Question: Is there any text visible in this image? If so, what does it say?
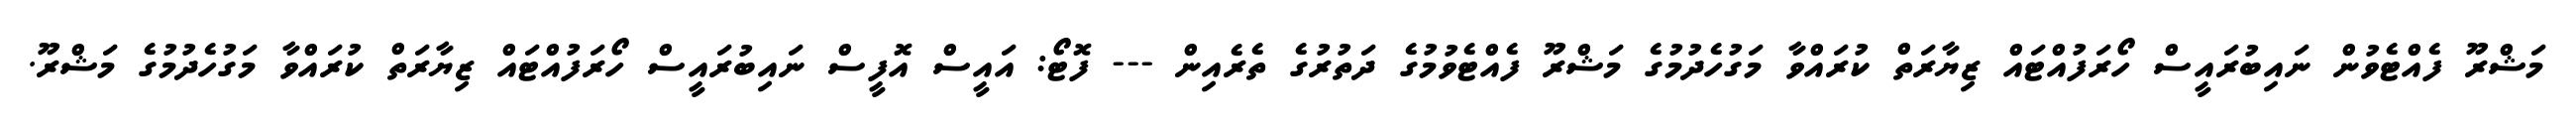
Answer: މަޝްރޫ ފެއްޓެވުން ނައިބުރައީސް ހޯރަފުއްޓައް ޒިޔާރަތް ކުރައްވާ މަގުހެދުމުގެ މަޝްރޫ ފެއްޓެވުމުގެ ދަތުރުގެ ތެރެއިން --- ފޮޓޯ: އައީސް އޮފީސް ނައިބުރައީސް ހޯރަފުއްޓައް ޒިޔާރަތް ކުރައްވާ މަގުހެދުމުގެ މަޝްރޫ.